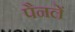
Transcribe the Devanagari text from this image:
पैनलें